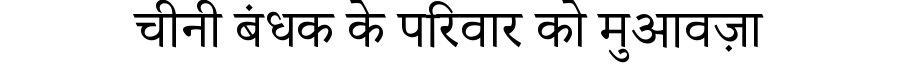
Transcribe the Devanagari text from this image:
चीनी बंधक के परिवार को मुआवज़ा